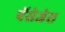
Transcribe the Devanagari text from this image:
पॅसेजेस